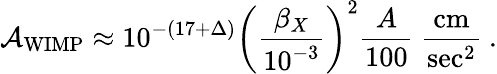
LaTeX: \mathcal{A}_{\mathrm{{WIMP}}}\approx10^{-(17+\Delta)}\left(\frac{{\beta_{X}}}{{10^{-3}}}\right)^{2}\frac{{A}}{{100}}~\frac{{\mathrm{{cm}}}}{{\mathrm{{sec}}^{2}}}~.